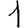
Digit: 1